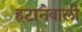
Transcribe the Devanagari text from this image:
हटानेवाली